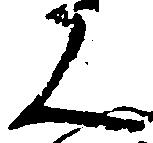
ん